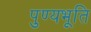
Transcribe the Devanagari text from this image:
पुण्यभूति